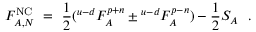
F _ { A , N } ^ { \mathrm { N C } } \ = \ { \frac { 1 } { 2 } } ( { } ^ { u - d } F _ { A } ^ { p + n } \pm { } ^ { u - d } F _ { A } ^ { p - n } ) - { \frac { 1 } { 2 } } S _ { A } ~ ~ .